Newspaper: The Highland weekly news. [volume]
Place of publication: Hillsborough [Hillsboro], Highland County, Ohio
Publisher: Joseph L. Boardman
Date: 1880-04-15 00:00:00
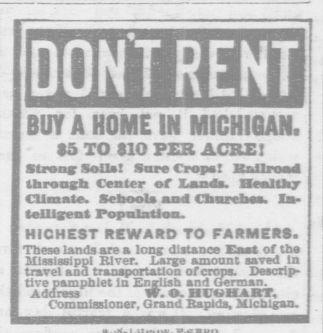
Advertisement text (OCR):
$5 TO $10 FXX A CSX! Strvnsjr Soils! Sure Crops! R&Uroswl throaffb Center of Inds. HeaJUty Climate. Scbools sum! CnnreJba. Ia ftelliffent Population. HICHEST REWARD TO FARMERS. These lands are s long distance East of the Mississippi River. .Large amount saved in travel and transportation of crops. Iescrip tive pamphlet in Eritrdsb, ani Gerraan. Address vV. O. H Cv t 4 RT, C ommissioner, Grand. Bapida, Michigan. trrrar.,,.,. se
Label: text-only